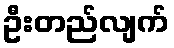
ဦးတည်လျက်